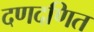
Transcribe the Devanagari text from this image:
दणदणित